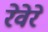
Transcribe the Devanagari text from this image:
रेवेरे